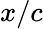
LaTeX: x/c